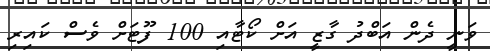
ވަނީ ދެން އަބްދު ގާޒީ އަށް ކޯޓާއި 100 ފޫޓަށް ވެސް ކައިރި